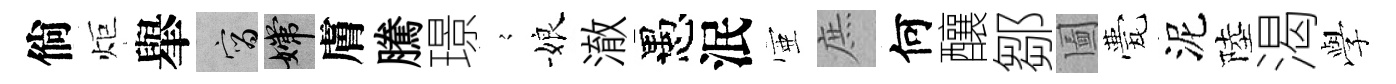
倘炬𦦙宵嫦膚騰璟𡪹娘澈愚泯壺庶何釀鄒圗甍泥陸渴𫝯